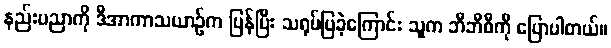
နည်းပညာကို ဒီအာကာသယာဉ်က ပြန်ပြီး သရုပ်ပြခဲ့ကြောင်း သူက ဘီဘီစီကို ပြောပါတယ်။